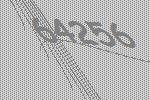
64256